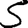
Digit: 5